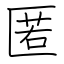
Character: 匿